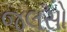
જલસો